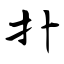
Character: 扑